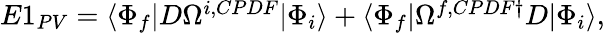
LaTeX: \begin{array}{r}{E1_{PV}=\langle\Phi_{f}|D\Omega^{i,CPDF}|\Phi_{i}\rangle+\langle\Phi_{f}|\Omega^{f,CPDF\dagger}D|\Phi_{i}\rangle,}\end{array}